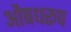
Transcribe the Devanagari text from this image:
औषधरूप